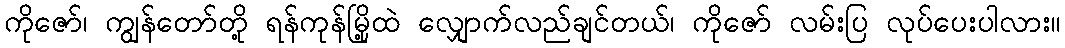
ကိုဇော်၊ ကျွန်တော်တို့ ရန်ကုန်မြို့ထဲ လျှောက်လည်ချင်တယ်၊ ကိုဇော် လမ်းပြ လုပ်ပေးပါလား။